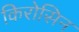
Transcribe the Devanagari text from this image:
किरोसिन